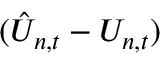
( \hat { U } _ { n , t } - U _ { n , t } )